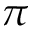
\pi